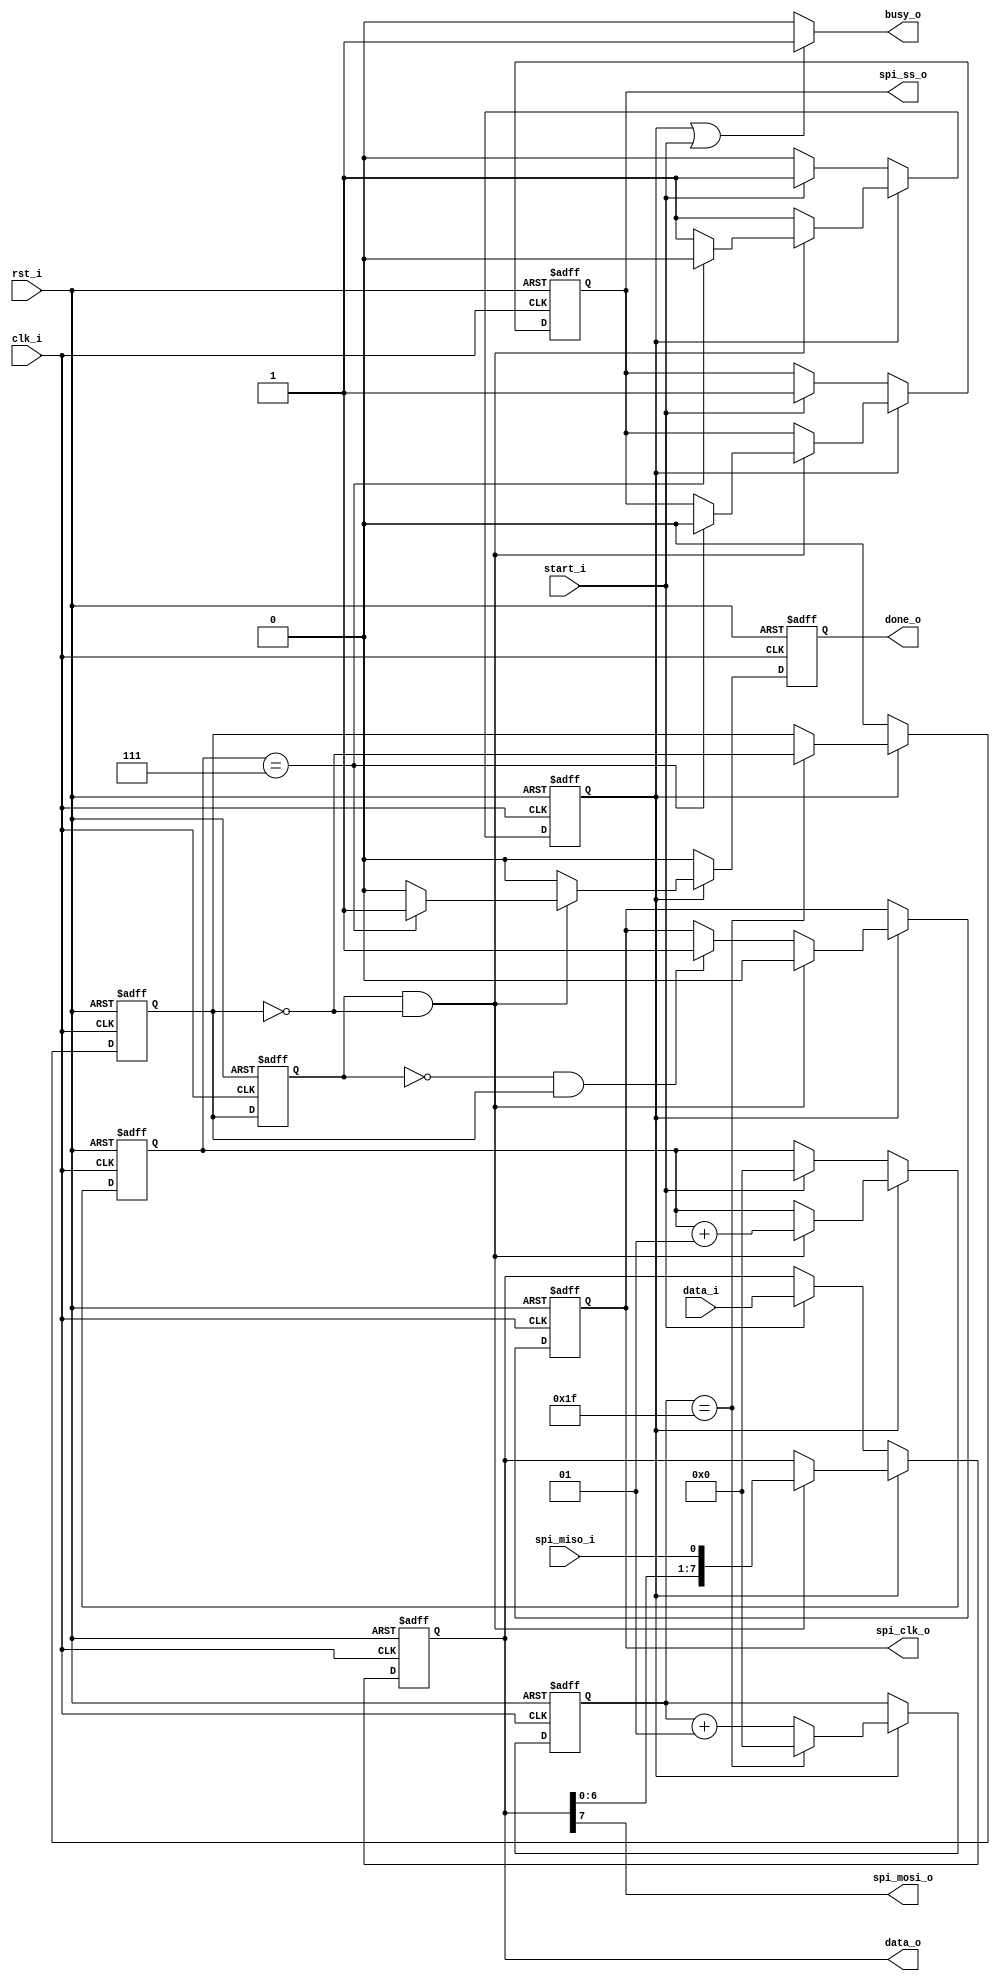
//-----------------------------------------------------------------
//                           AltOR32 
//              Alternative Lightweight OpenRisc 
//                            V0.1
//                     Ultra-Embedded.com
//                   Copyright 2011 - 2012
//
//
//                       License: LGPL
//
// If you would like a version with a different license for use 
// in commercial projects please contact the above email address 
// for more details.
//-----------------------------------------------------------------
//
// Copyright (C) 2011 - 2012 Ultra-Embedded.com
//
// This source file may be used and distributed without         
// restriction provided that this copyright statement is not    
// removed from the file and that any derivative work contains  
// the original copyright notice and the associated disclaimer. 
//
// This source file is free software; you can redistribute it   
// and/or modify it under the terms of the GNU Lesser General   
// Public License as published by the Free Software Foundation; 
// either version 2.1 of the License, or (at your option) any   
// later version.                                               
//
// This source is distributed in the hope that it will be       
// useful, but WITHOUT ANY WARRANTY; without even the implied   
// warranty of MERCHANTABILITY or FITNESS FOR A PARTICULAR      
// PURPOSE.  See the GNU Lesser General Public License for more 
// details.                                                     
//
// You should have received a copy of the GNU Lesser General    
// Public License along with this source; if not, write to the 
// Free Software Foundation, Inc., 59 Temple Place, Suite 330, 
// Boston, MA  02111-1307  USA              
//-----------------------------------------------------------------

//-----------------------------------------------------------------
// Module
//-----------------------------------------------------------------
module spi_master 
(
    // Clocking & Reset 
    clk_i, 
    rst_i, 
    // Control & Status
    start_i, 
    done_o, 
    busy_o, 
    // Data
    data_i, 
    data_o,
    // SPI Bus 
    spi_clk_o, 
    spi_ss_o, 
    spi_mosi_o, 
    spi_miso_i 
);

//-----------------------------------------------------------------
// Params
//-----------------------------------------------------------------
parameter  [31:0]               CLK_DIV = 32;
parameter  [31:0]               TRANSFER_WIDTH = 8;
    
//-----------------------------------------------------------------
// I/O
//-----------------------------------------------------------------      
input                           clk_i /*verilator public*/;
input                           rst_i /*verilator public*/;
input                           start_i /*verilator public*/;
output                          done_o /*verilator public*/;
output                          busy_o /*verilator public*/;
input [(TRANSFER_WIDTH - 1):0]  data_i /*verilator public*/;
output [(TRANSFER_WIDTH - 1):0] data_o /*verilator public*/;
output                          spi_clk_o /*verilator public*/;
output                          spi_ss_o /*verilator public*/;
output                          spi_mosi_o /*verilator public*/;
input                           spi_miso_i /*verilator public*/;

//-----------------------------------------------------------------
// Registers
//-----------------------------------------------------------------
reg                             running;
integer                         cycle_count;
reg [(TRANSFER_WIDTH - 1):0]    shift_reg;
reg                             spi_clk_gen;
reg                             last_clk_gen;
integer                         clk_div_count;
reg                             done_o;
reg                             spi_ss_o;
reg                             spi_clk_o;

//-----------------------------------------------------------------
// Implementation
//-----------------------------------------------------------------   

// SPI Clock Generator 
always @ (posedge clk_i or posedge rst_i ) 
begin 
   // Async Reset  
   if (rst_i == 1'b1)
   begin 
       clk_div_count    <= 0;
       spi_clk_gen      <= 1'b0;
   end
   else
   begin
       // SPI transfer active?
       if (running == 1'b1)
       begin 
           // Clock divider cycle_count matched?
           if (clk_div_count == (CLK_DIV - 1)) 
           begin 
               // Toggle clock (input to SPI transfer process)
               spi_clk_gen   <= ~(spi_clk_gen);
               
               // Reset counter
               clk_div_count <= 0;
           end
           // Increment SPI clock divider counter
           else
                clk_div_count <= (clk_div_count + 1);
       end 
       else // (!running)
           spi_clk_gen <= 1'b0;
    end
end

// SPI transfer process
always @ (posedge clk_i or posedge rst_i )
begin 
   // Async Reset  
   if (rst_i == 1'b1)
   begin 
       cycle_count  <= 0;
       shift_reg    <= {(TRANSFER_WIDTH - 0){1'b0}};
       last_clk_gen <= 1'b0;
       spi_clk_o    <= 1'b0;
       running      <= 1'b0;
       done_o       <= 1'b0;
       spi_ss_o     <= 1'b0;
   end
   else 
   begin 
   
       // Update previous SCLK value
       last_clk_gen <= spi_clk_gen;
       
       done_o <= 1'b0;
       
       //-------------------------------
       // SPI = IDLE
       //-------------------------------
       if (running == 1'b0)
       begin 
           // Wait until start_i = 1 to start_i transfer
           if (start_i == 1'b1)
           begin 
               cycle_count  <= 0;
               shift_reg    <= data_i;
               running      <= 1'b1;
               spi_ss_o     <= 1'b1;
           end
       end
       else
       //-------------------------------
       // SPI = RUNNING
       //-------------------------------
       begin
           // SCLK 1->0 - Falling Edge
           if ((last_clk_gen == 1'b1) && (spi_clk_gen == 1'b0))
           begin 
               // SCLK_OUT = L
               spi_clk_o <= 1'b0;
               
               // Increment cycle counter
               cycle_count <= (cycle_count + 1);
               
               // Shift left & add MISO to LSB
               shift_reg <= {shift_reg[(TRANSFER_WIDTH - 2):0],spi_miso_i};
               
               // End of SPI transfer reached
               if (cycle_count == (TRANSFER_WIDTH - 1))
               begin 
                   // Go back to IDLE running
                   running  <= 1'b0;
                   
                   // Set transfer complete flags
                   done_o   <= 1'b1;
                   spi_ss_o <= 1'b0;
               end
           end
           // SCLK 0->1 - Rising Edge
           else if ((last_clk_gen == 1'b0) & (spi_clk_gen == 1'b1)) 
           begin
               // SCLK_OUT = H
               spi_clk_o <= 1'b1;
           end
       end
   end
end
   
//-----------------------------------------------------------------
// Combinatorial Logic
//-----------------------------------------------------------------  
assign spi_mosi_o    = shift_reg[(TRANSFER_WIDTH - 1)];
assign data_o        = shift_reg;
assign busy_o        = ((running == 1'b1) || (start_i == 1'b1)) ? 1'b1 : 1'b0;

endmodule